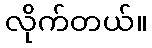
လိုက်တယ်။